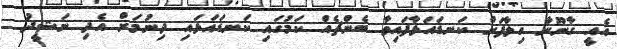
އެއީ ގާނޫނާ ހިލާފަށް ކަނޑައަޅާފައިވާ ބެންޗެއް ކަމުގައި ކަނޑައަޅައި ދިނުމަށް އެދި ނަޝީދު